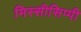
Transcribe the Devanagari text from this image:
मिस्सीसिप्पी